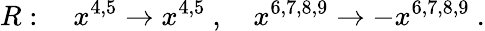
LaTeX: R:\quad x^{4,5}\to x^{4,5}\ ,\quad x^{6,7,8,9}\to-x^{6,7,8,9}\ .